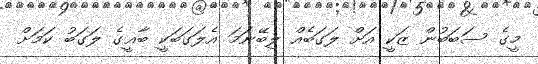
މީގެ ސަބަބުން ޒަކީ އަށް ލަގަބެއް ލިބޭނަމަ އެލަގަބަކީ ބާޣީގެ ލަގަބު ކަމަށް